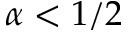
\alpha < 1 / 2